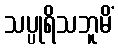
သပ္ပုရိသဘူမိံ